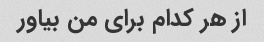
از هر کدام برای من بیاور